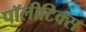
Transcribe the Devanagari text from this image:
पॉलीटिक्स